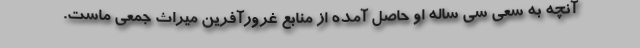
آنچه به سعی سی ساله او حاصل آمده از منابع غرورآفرین میراث جمعی ماست.